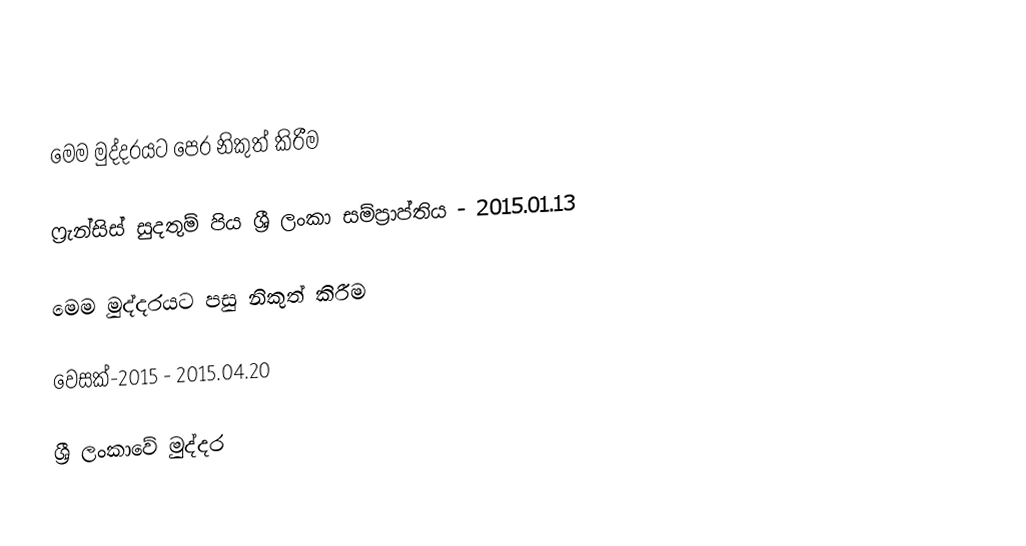

මෙම මුද්දරයට පෙර නිකුත් කිරීම

ෆ්‍රැන්සිස් සුදතුම් පිය ශ්‍රී ලංකා සම්ප්‍රාප්තිය - 2015.01.13

මෙම මුද්දරයට පසු නිකුත් කිරීම

වෙසක්-2015 - 2015.04.20

ශ්‍රී ලංකාවේ මුද්දර